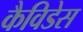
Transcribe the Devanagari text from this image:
कैविडेस